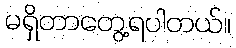
မရှိတာတွေ့ရပါတယ်။